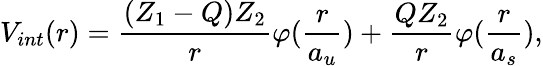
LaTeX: V_{int}(r)=\frac{(Z_{1}-Q)Z_{2}}{r}\varphi(\frac{r}{a_{u}})+\frac{QZ_{2}}{r}\varphi(\frac{r}{a_{s}}),